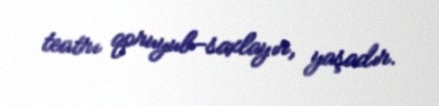
teatrı qoruyub-saxlayır, yaşadır.